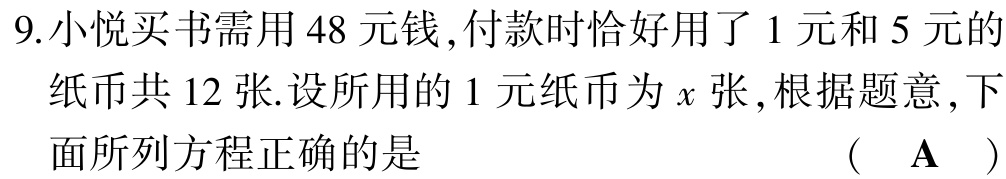
9.小悦买书需用 48 元钱,付款时恰好用了 1 元和 5 元的
纸币共 12 张.设所用的 1 元纸币为 \(x\) 张,根据题意,下
面所列方程正确的是  （  \(\mathbf{A}\)  ）